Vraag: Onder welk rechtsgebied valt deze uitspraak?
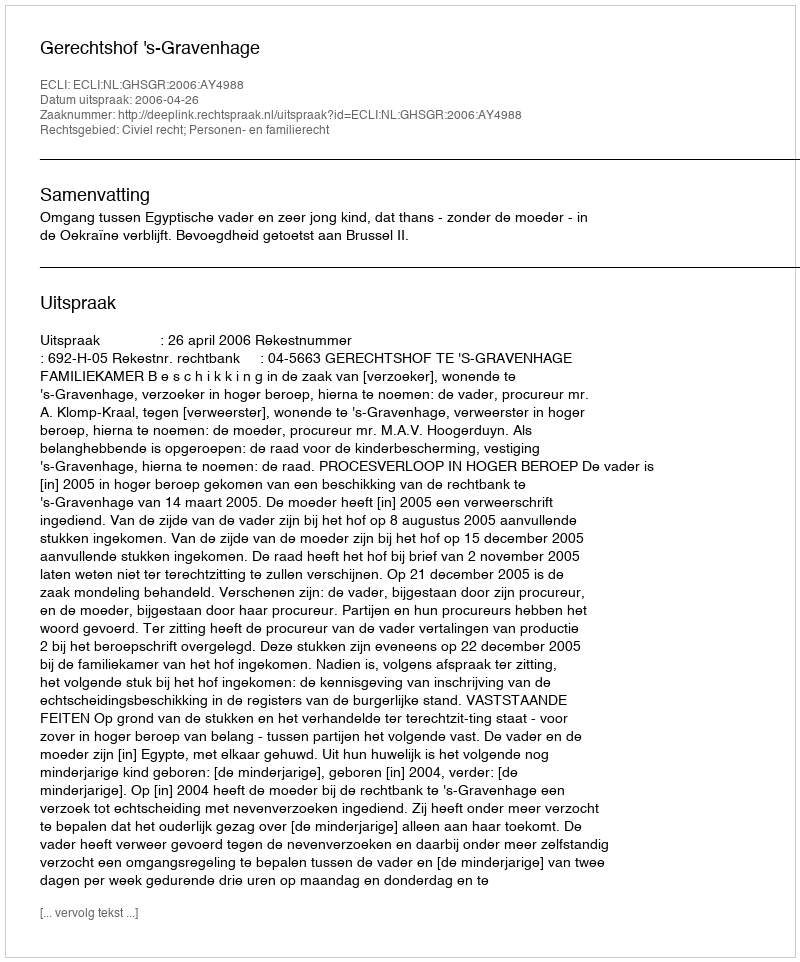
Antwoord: Civiel recht; Personen- en familierecht